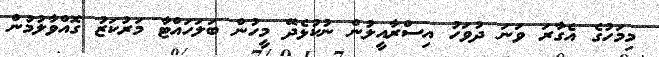
މިމަހުގެ އެގާރަ ވަނަ ދުވަހު އިސްރާއީލުން ނުކުޅެދޭ މީހުން ބަލަހައްޓާ މަރުކަޒު ގޮއްވާލުމުން